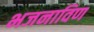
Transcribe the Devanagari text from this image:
भजनाविण